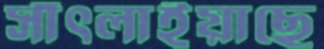
সাঁৎলাইয়াছে